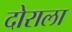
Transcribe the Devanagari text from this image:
दोराला